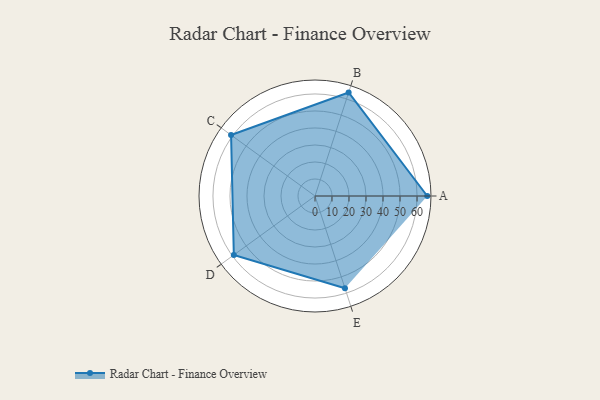
{"axis": {"x": "Skill", "y": "Score"}, "legend": ["Profile"], "data": [{"x": "A", "y": 66.0, "type": "Profile"}, {"x": "B", "y": 64.0, "type": "Profile"}, {"x": "C", "y": 61.0, "type": "Profile"}, {"x": "D", "y": 59.0, "type": "Profile"}, {"x": "E", "y": 57.0, "type": "Profile"}]}